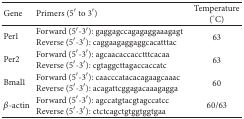
| Gene | Primers (5′ to 3′) | Temperature (°C) |
 | --- | --- | --- |
 | Per1 | Forward (5′-3′): gaggagccagagaggaaagagtReverse (5′-3′): caggaagaggaggcacatttac | 63 |
 | Per2 | Forward (5′-3′): agcaacaccacctttcacaaReverse (5′-3′): cgtaggcttagaccaccatc | 63 |
 | Bmal1 | Forward (5′-3′): caacccatacacagaagcaaacReverse (5′-3′): acagattcggagacaaagagga | 60 |
 | β-actin | Forward (5′-3′): agccatgtacgtagccatccReverse (5′-3′): ctctcagctgtggtggtgaa | 60/63 |